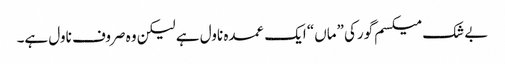
بے شک میکسم گورکی ”ماں“ ایک عمدہ ناول ہے لیکن وہ صروف ناول ہے۔